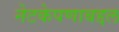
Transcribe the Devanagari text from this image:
नेटकेपणाबद्दल